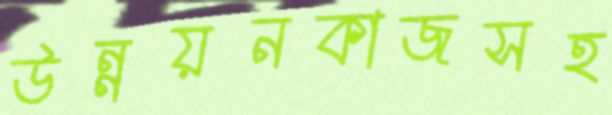
উন্নয়নকাজসহ